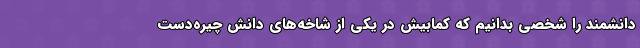
دانشمند را شخصی بدانیم که کمابیش در یکی از شاخه‌های دانش چیره‌دست